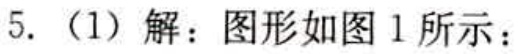
5.（1）解：图形如图1所示：